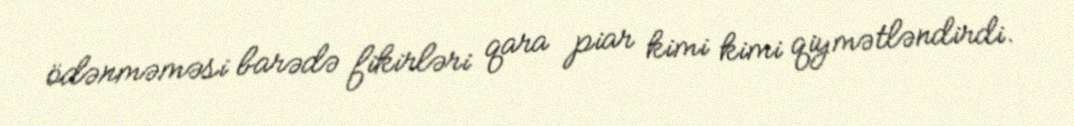
ödənməməsi barədə fikirləri qara piar kimi kimi qiymətləndirdi.